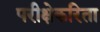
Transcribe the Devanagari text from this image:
परीक्षेकरिता